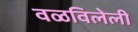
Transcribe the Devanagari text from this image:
वळविलेली